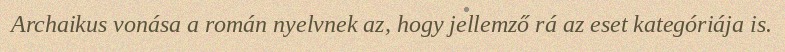
Archaikus vonása a román nyelvnek az, hogy jellemző rá az eset kategóriája is.